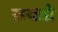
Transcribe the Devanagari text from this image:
रायान्ने